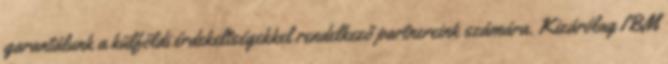
garantálunk a külföldi érdekeltségekkel rendelkező partnereink számára. Kizárólag IBM